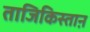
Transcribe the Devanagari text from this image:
ताजिकिस्ताऩ